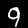
Digit: 9